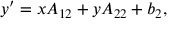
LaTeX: y ^ { \prime } = x A _ { 1 2 } + y A _ { 2 2 } + b _ { 2 } ,